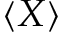
\langle X \rangle